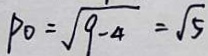
P _ { 0 } = \sqrt { 9 - 4 } = \sqrt { 5 }